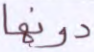
دونها